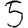
Digit: 5